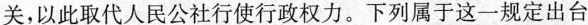
关，以此取代人民公社行使行政权力。下列属于这一规定出台